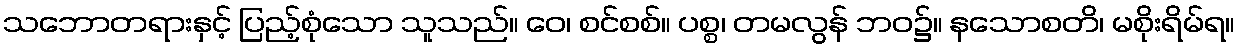
သဘောတရားနှင့် ပြည့်စုံသော သူသည်။ ဝေ၊ စင်စစ်။ ပစ္စ၊ တမလွန် ဘဝ၌။ နသောစတိ၊ မစိုးရိမ်ရ။